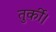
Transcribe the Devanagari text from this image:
तुर्की।